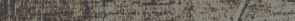
مطعم حائل يقدم أكلات فلسط